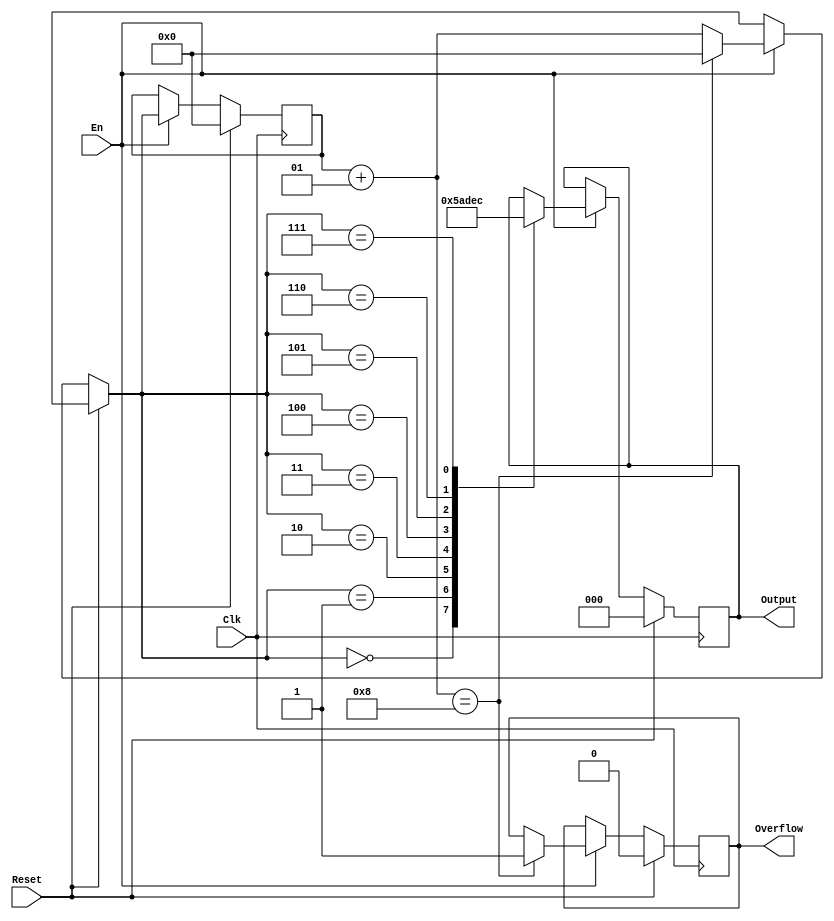
`timescale 1ns / 1ps
//////////////////////////////////////////////////////////////////////////////////
// Company: 
// Engineer: 
// 
// Design Name: 
// Module Name:    gray 
// Project Name: 
// Target Devices: 
// Tool versions: 
// Description: 
//
// Dependencies: 
//
// Revision: 
// Revision 0.01 - File Created
// Additional Comments: 
//
//////////////////////////////////////////////////////////////////////////////////
module gray(
   input Clk,
   input Reset,
   input En,
   output reg [2:0] Output,
   output reg Overflow
   );

   integer count = 0;
   initial begin
      Output <= 0;
      Overflow <= 0;
   end

   always @(posedge Clk) begin
      if (Reset) begin
         count <= 0;
         Output <= 0;
         Overflow <= 0;
      end

      else if (En) begin
         count = count + 1;
         if (count == 8) begin
            count = 0;
            Overflow <= 1;
         end

         case (count)
            0: Output <= 3'b000;
            1: Output <= 3'b001;
            2: Output <= 3'b011;
            3: Output <= 3'b010;
            4: Output <= 3'b110;
            5: Output <= 3'b111;
            6: Output <= 3'b101;
            7: Output <= 3'b100;
         endcase
      end
   end
      
endmodule